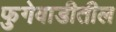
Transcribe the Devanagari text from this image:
फुगेवाडीतील